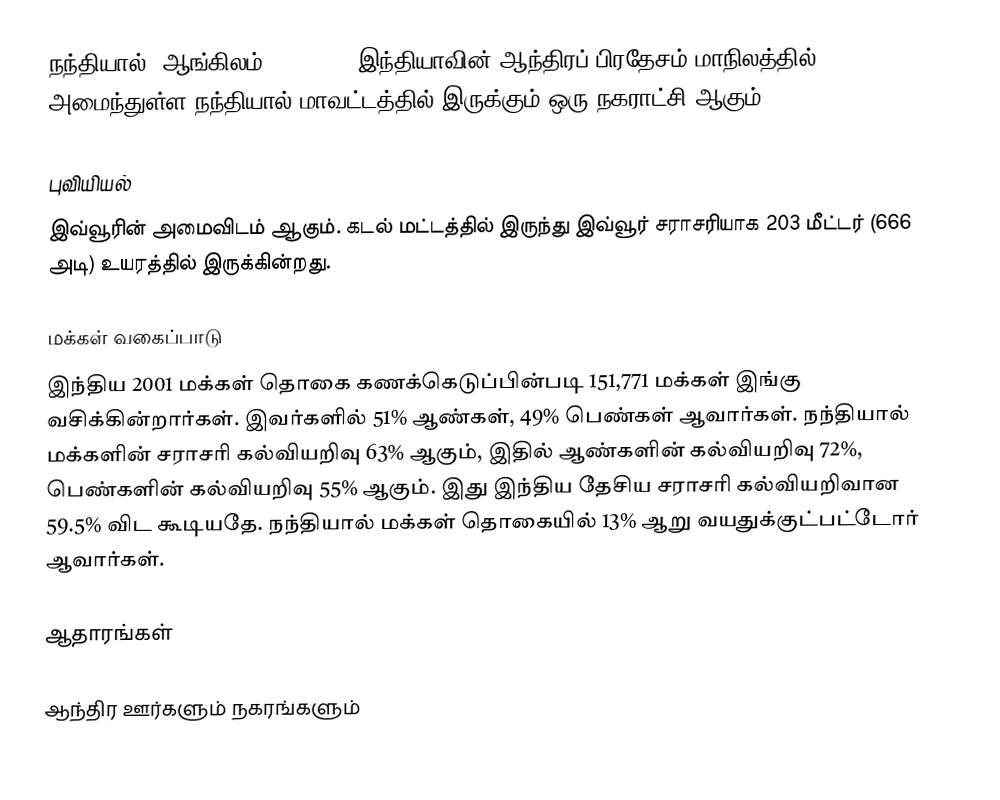
நந்தியால் (ஆங்கிலம்:Nandyal), இந்தியாவின் ஆந்திரப் பிரதேசம் மாநிலத்தில் அமைந்துள்ள நந்தியால்  மாவட்டத்தில் இருக்கும் ஒரு நகராட்சி ஆகும்.

புவியியல்
இவ்வூரின் அமைவிடம்  ஆகும். கடல் மட்டத்தில் இருந்து இவ்வூர் சராசரியாக 203 மீட்டர் (666 அடி) உயரத்தில் இருக்கின்றது.

மக்கள் வகைப்பாடு
இந்திய 2001 மக்கள் தொகை கணக்கெடுப்பின்படி 151,771 மக்கள் இங்கு வசிக்கின்றார்கள். இவர்களில் 51% ஆண்கள், 49% பெண்கள் ஆவார்கள். நந்தியால் மக்களின் சராசரி கல்வியறிவு 63% ஆகும்,  இதில் ஆண்களின் கல்வியறிவு 72%,  பெண்களின் கல்வியறிவு 55% ஆகும். இது இந்திய தேசிய சராசரி கல்வியறிவான 59.5% விட கூடியதே. நந்தியால் மக்கள் தொகையில் 13%  ஆறு வயதுக்குட்பட்டோர் ஆவார்கள்.

ஆதாரங்கள்

 ஆந்திர ஊர்களும் நகரங்களும்